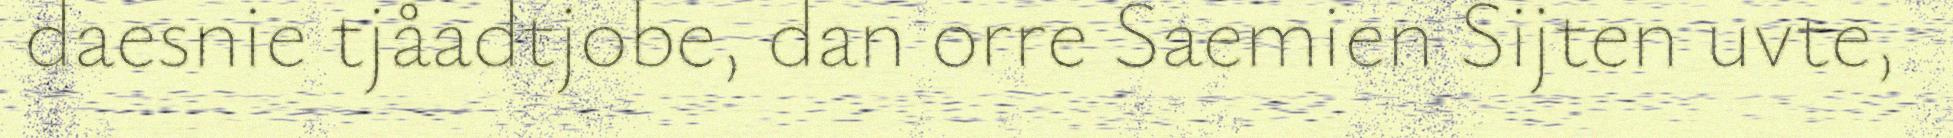
daesnie tjåadtjobe, dan orre Saemien Sijten uvte,